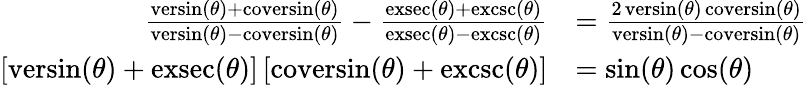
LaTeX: {\begin{array}{rl}{{\frac{\operatorname{versin}(\theta)+\operatorname{coversin}(\theta)}{\operatorname{versin}(\theta)-\operatorname{coversin}(\theta)}}-{\frac{\operatorname{exsec}(\theta)+\operatorname{excsc}(\theta)}{\operatorname{exsec}(\theta)-\operatorname{excsc}(\theta)}}}&{={\frac{2\operatorname{versin}(\theta)\operatorname{coversin}(\theta)}{\operatorname{versin}(\theta)-\operatorname{coversin}(\theta)}}}\\ {[\operatorname{versin}(\theta)+\operatorname{exsec}(\theta)]\, [\operatorname{coversin}(\theta)+\operatorname{excsc}(\theta)]}&{=\sin(\theta)\cos(\theta)}\end{array}}